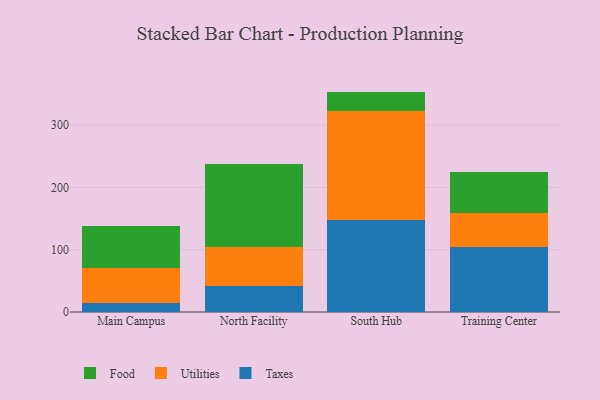
{"axis": {"x": "Campus", "y": "Headcount"}, "legend": ["Food", "Taxes", "Utilities"], "data": [{"x": "Main Campus", "y": 13.9, "type": "Taxes"}, {"x": "Main Campus", "y": 57.1, "type": "Utilities"}, {"x": "Main Campus", "y": 67.1, "type": "Food"}, {"x": "North Facility", "y": 42.1, "type": "Taxes"}, {"x": "North Facility", "y": 61.5, "type": "Utilities"}, {"x": "North Facility", "y": 134.3, "type": "Food"}, {"x": "South Hub", "y": 148.3, "type": "Taxes"}, {"x": "South Hub", "y": 173.6, "type": "Utilities"}, {"x": "South Hub", "y": 31.9, "type": "Food"}, {"x": "Training Center", "y": 104.4, "type": "Taxes"}, {"x": "Training Center", "y": 54.3, "type": "Utilities"}, {"x": "Training Center", "y": 65.5, "type": "Food"}]}